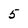
Character: 5